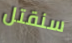
سنقتل